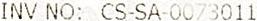
INV NO: CS-SA-0073011